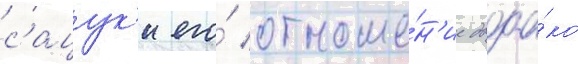
сацук'и его́ отноше́н'ие двоа́ко